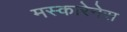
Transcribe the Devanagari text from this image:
मस्कारेनेस